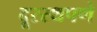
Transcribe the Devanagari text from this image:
दूरस्थपणे